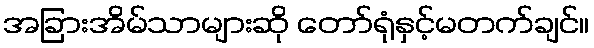
အခြားအိမ်သာများဆို တော်ရုံနှင့်မတက်ချင်။